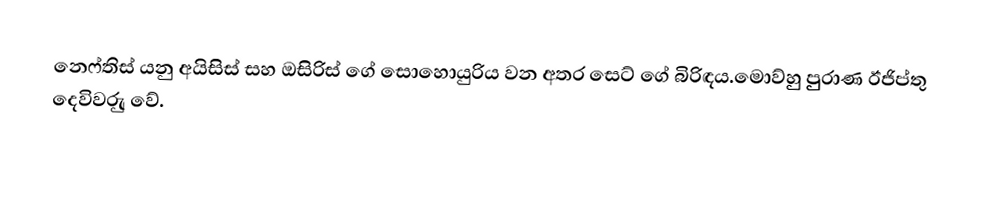
නෙෆ්තිස් යනු අයිසිස් සහ ඔසිරිස් ගේ සොහොයුරිය වන අතර සෙට් ගේ බිරිඳය.මොව්හුු පුුුරාණ ඊජිප්තු දෙවිවරුු වේ.